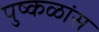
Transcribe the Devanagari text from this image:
पुष्कळांस